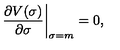
\left. \frac { \partial V ( \sigma ) } { \partial \sigma } \right| _ { \sigma = m } = 0 ,